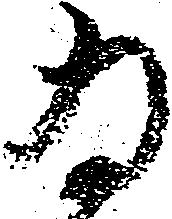
為